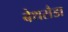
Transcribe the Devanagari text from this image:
बेथसैडा